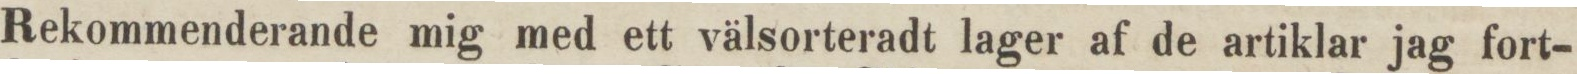
Rekommenderande mig med ett välsorteradt lager af de artiklar jag fort-